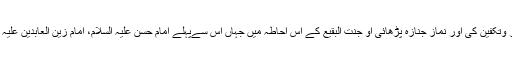
آپ کے فرزند اکبر اور جانشین حضرت امام موسیٰ کاظم علیہ السّلام نے تجہیز وتکفین کی اور نماز جنازہ پڑھائی او جنت البقیع کے اس احاطہ میں جہاں اس سےپہلے امام حسن علیہ السّلام، امام زین العابدین علیہ السّلام اور امام محمد باقر علیہ السّلام دفن ہوچکے تھے آپ کو بھی دفن کیا گیا۔